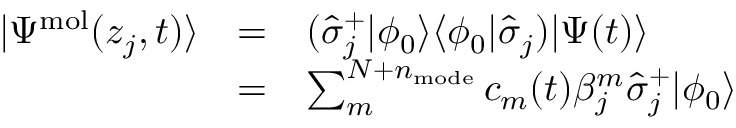
\begin{array} { c c l } { | \Psi ^ { \mathrm { m o l } } ( z _ { j } , t ) \rangle } & { = } & { ( \hat { \sigma } _ { j } ^ { + } | \phi _ { 0 } \rangle \langle \phi _ { 0 } | \hat { \sigma } _ { j } ) | \Psi ( t ) \rangle } \\ & { = } & { \sum _ { m } ^ { N + n _ { \mathrm { m o d e } } } c _ { m } ( t ) \beta _ { j } ^ { m } \hat { \sigma } _ { j } ^ { + } | \phi _ { 0 } \rangle } \end{array}